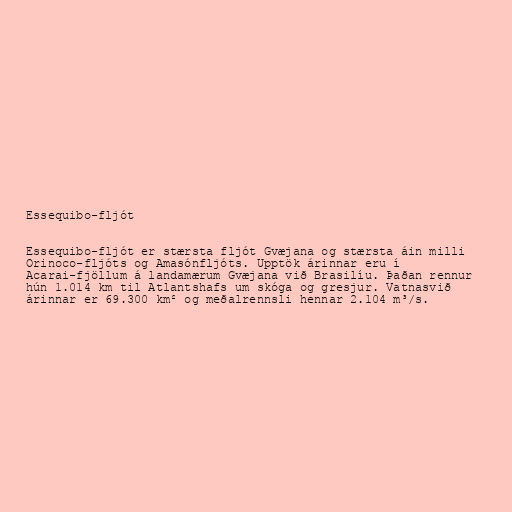
Essequibo-fljót

Essequibo-fljót er stærsta fljót Gvæjana og stærsta áin milli
Orinoco-fljóts og Amasónfljóts. Upptök árinnar eru í
Acarai-fjöllum á landamærum Gvæjana við Brasilíu. Þaðan rennur
hún 1.014 km til Atlantshafs um skóga og gresjur. Vatnasvið
árinnar er 69.300 km² og meðalrennsli hennar 2.104 m³/s.